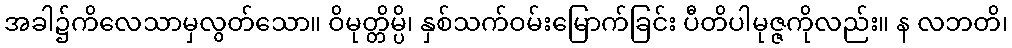
အခါ၌ကိလေသာမှလွတ်သော။ ဝိမုတ္တိမ္ပိ၊ နှစ်သက်ဝမ်းမြောက်ခြင်း ပီတိပါမုဇ္ဇကိုလည်း။ န လဘတိ၊